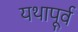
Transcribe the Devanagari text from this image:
यथापू्र्व